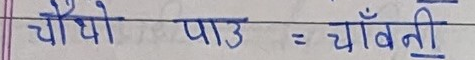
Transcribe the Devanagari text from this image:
चौथो – पाउ = चाँवनी